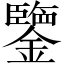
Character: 鑒